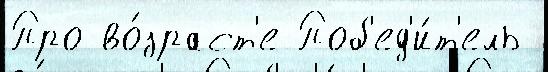
Про во́зраст'е Поб'ед'и́т'ель